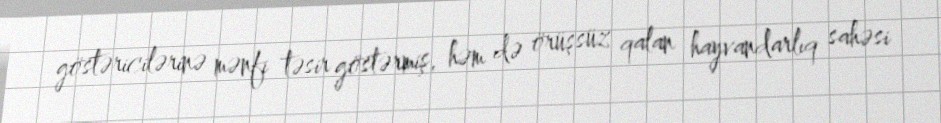
göstəricilərinə mənfi təsir göstərmiş, həm də örüşsüz qalan hayvandarlıq sahəsi